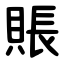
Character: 賬